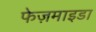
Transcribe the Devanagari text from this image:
फेज़माइडा